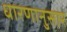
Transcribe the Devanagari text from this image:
धारणानुसार